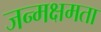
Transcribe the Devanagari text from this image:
जन्मक्षमता